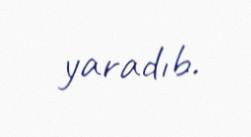
yaradıb.